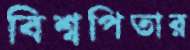
বিশ্বপিতার